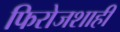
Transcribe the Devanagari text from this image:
फिरोजशाही